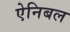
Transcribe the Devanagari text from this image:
ऐनिबल